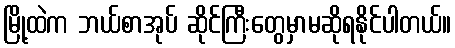
မြို့ထဲက ဘယ်စာအုပ် ဆိုင်ကြီးတွေမှာမဆိုရနိုင်ပါတယ်။